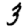
Digit: 3